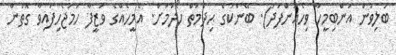
ބަލިވުން އަންބިމީހާ ވިހެއުންފަދަ). ބޭންކުގެ ޙިދުމަތް ހޯދުމަށް. އެމީހެއްގެ ވަޒީފާ ހަމަޖެހިފައިވާ ގޮތުން